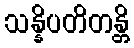
သန္နိပတိတန္တိ